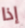
إذا